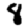
Digit: 8